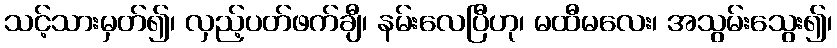
သင့်သားမှတ်၍၊ လှည့်ပတ်ဖက်ချီ၊ နမ်းလေပြီဟု၊ မထီမလေး၊ အသွမ်းသွေး၍၊